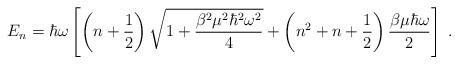
LaTeX: \begin{align*}E_n = \hbar\omega\left[ \left( n + \frac{1}{2} \right) \sqrt{ 1 + \frac{\beta^2\mu^2\hbar^2\omega^2}{4} } + \left( n^2 + n + \frac{1}{2} \right) \frac{\beta\mu\hbar\omega}{2}\right]\;.\end{align*}